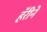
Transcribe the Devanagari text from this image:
हॅरीने